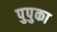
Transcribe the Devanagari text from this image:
पुपुका